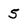
Character: 5